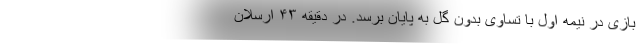
بازی در نیمه اول با تساوی بدون گل به پایان برسد. در دقیقه ۴۳ ارسلان